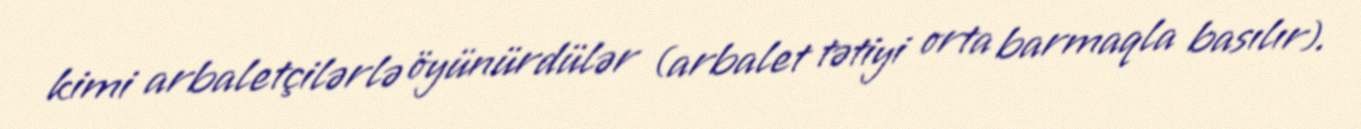
kimi arbaletçilərlə öyünürdülər (arbalet tətiyi orta barmaqla basılır).